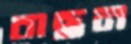
বাছন